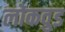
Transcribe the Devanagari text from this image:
लोकवुड